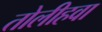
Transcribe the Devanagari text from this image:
तोलीहवा